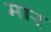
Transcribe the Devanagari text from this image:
मार्